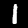
Label: 1